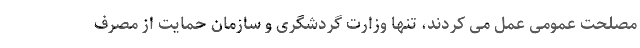
مصلحت عمومی عمل می کردند، تنها وزارت گردشگری و سازمان حمایت از مصرف